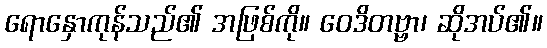
ရောနှောကုန်သည်၏ အဖြစ်ကို။ ဝေဒိတဗ္ဗာ၊ ဆိုအပ်၏။